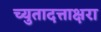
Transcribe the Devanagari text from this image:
च्युतादत्ताक्षरा